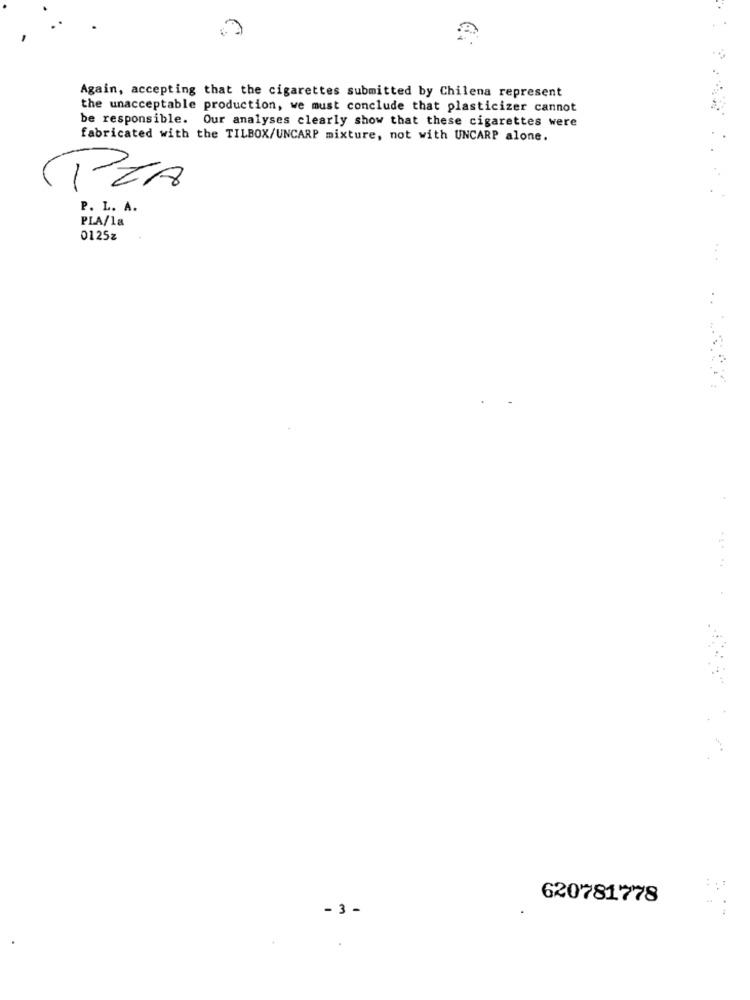
Again, accepting that the cigarettes submitted by Chilena represent
the unacceptable production, we must conclude that plasticizer cannot
be responsible. Our analyses clearly show that these cigarettes were
fabricated with the TILBOX/UNCARP mixture, not with UNCARP alone.
PZA
P. L. A.
PLA/la
0125z
..
620781778
- 3 -